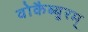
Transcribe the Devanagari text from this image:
वोकैब्युरम्